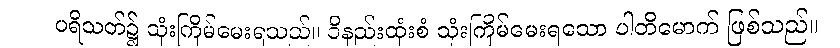
ပရိသတ်၌ သုံးကြိမ်မေးရသည်။ ဝိနည်းထုံးစံ သုံးကြိမ်မေးရသော ပါတိမောက် ဖြစ်သည်။